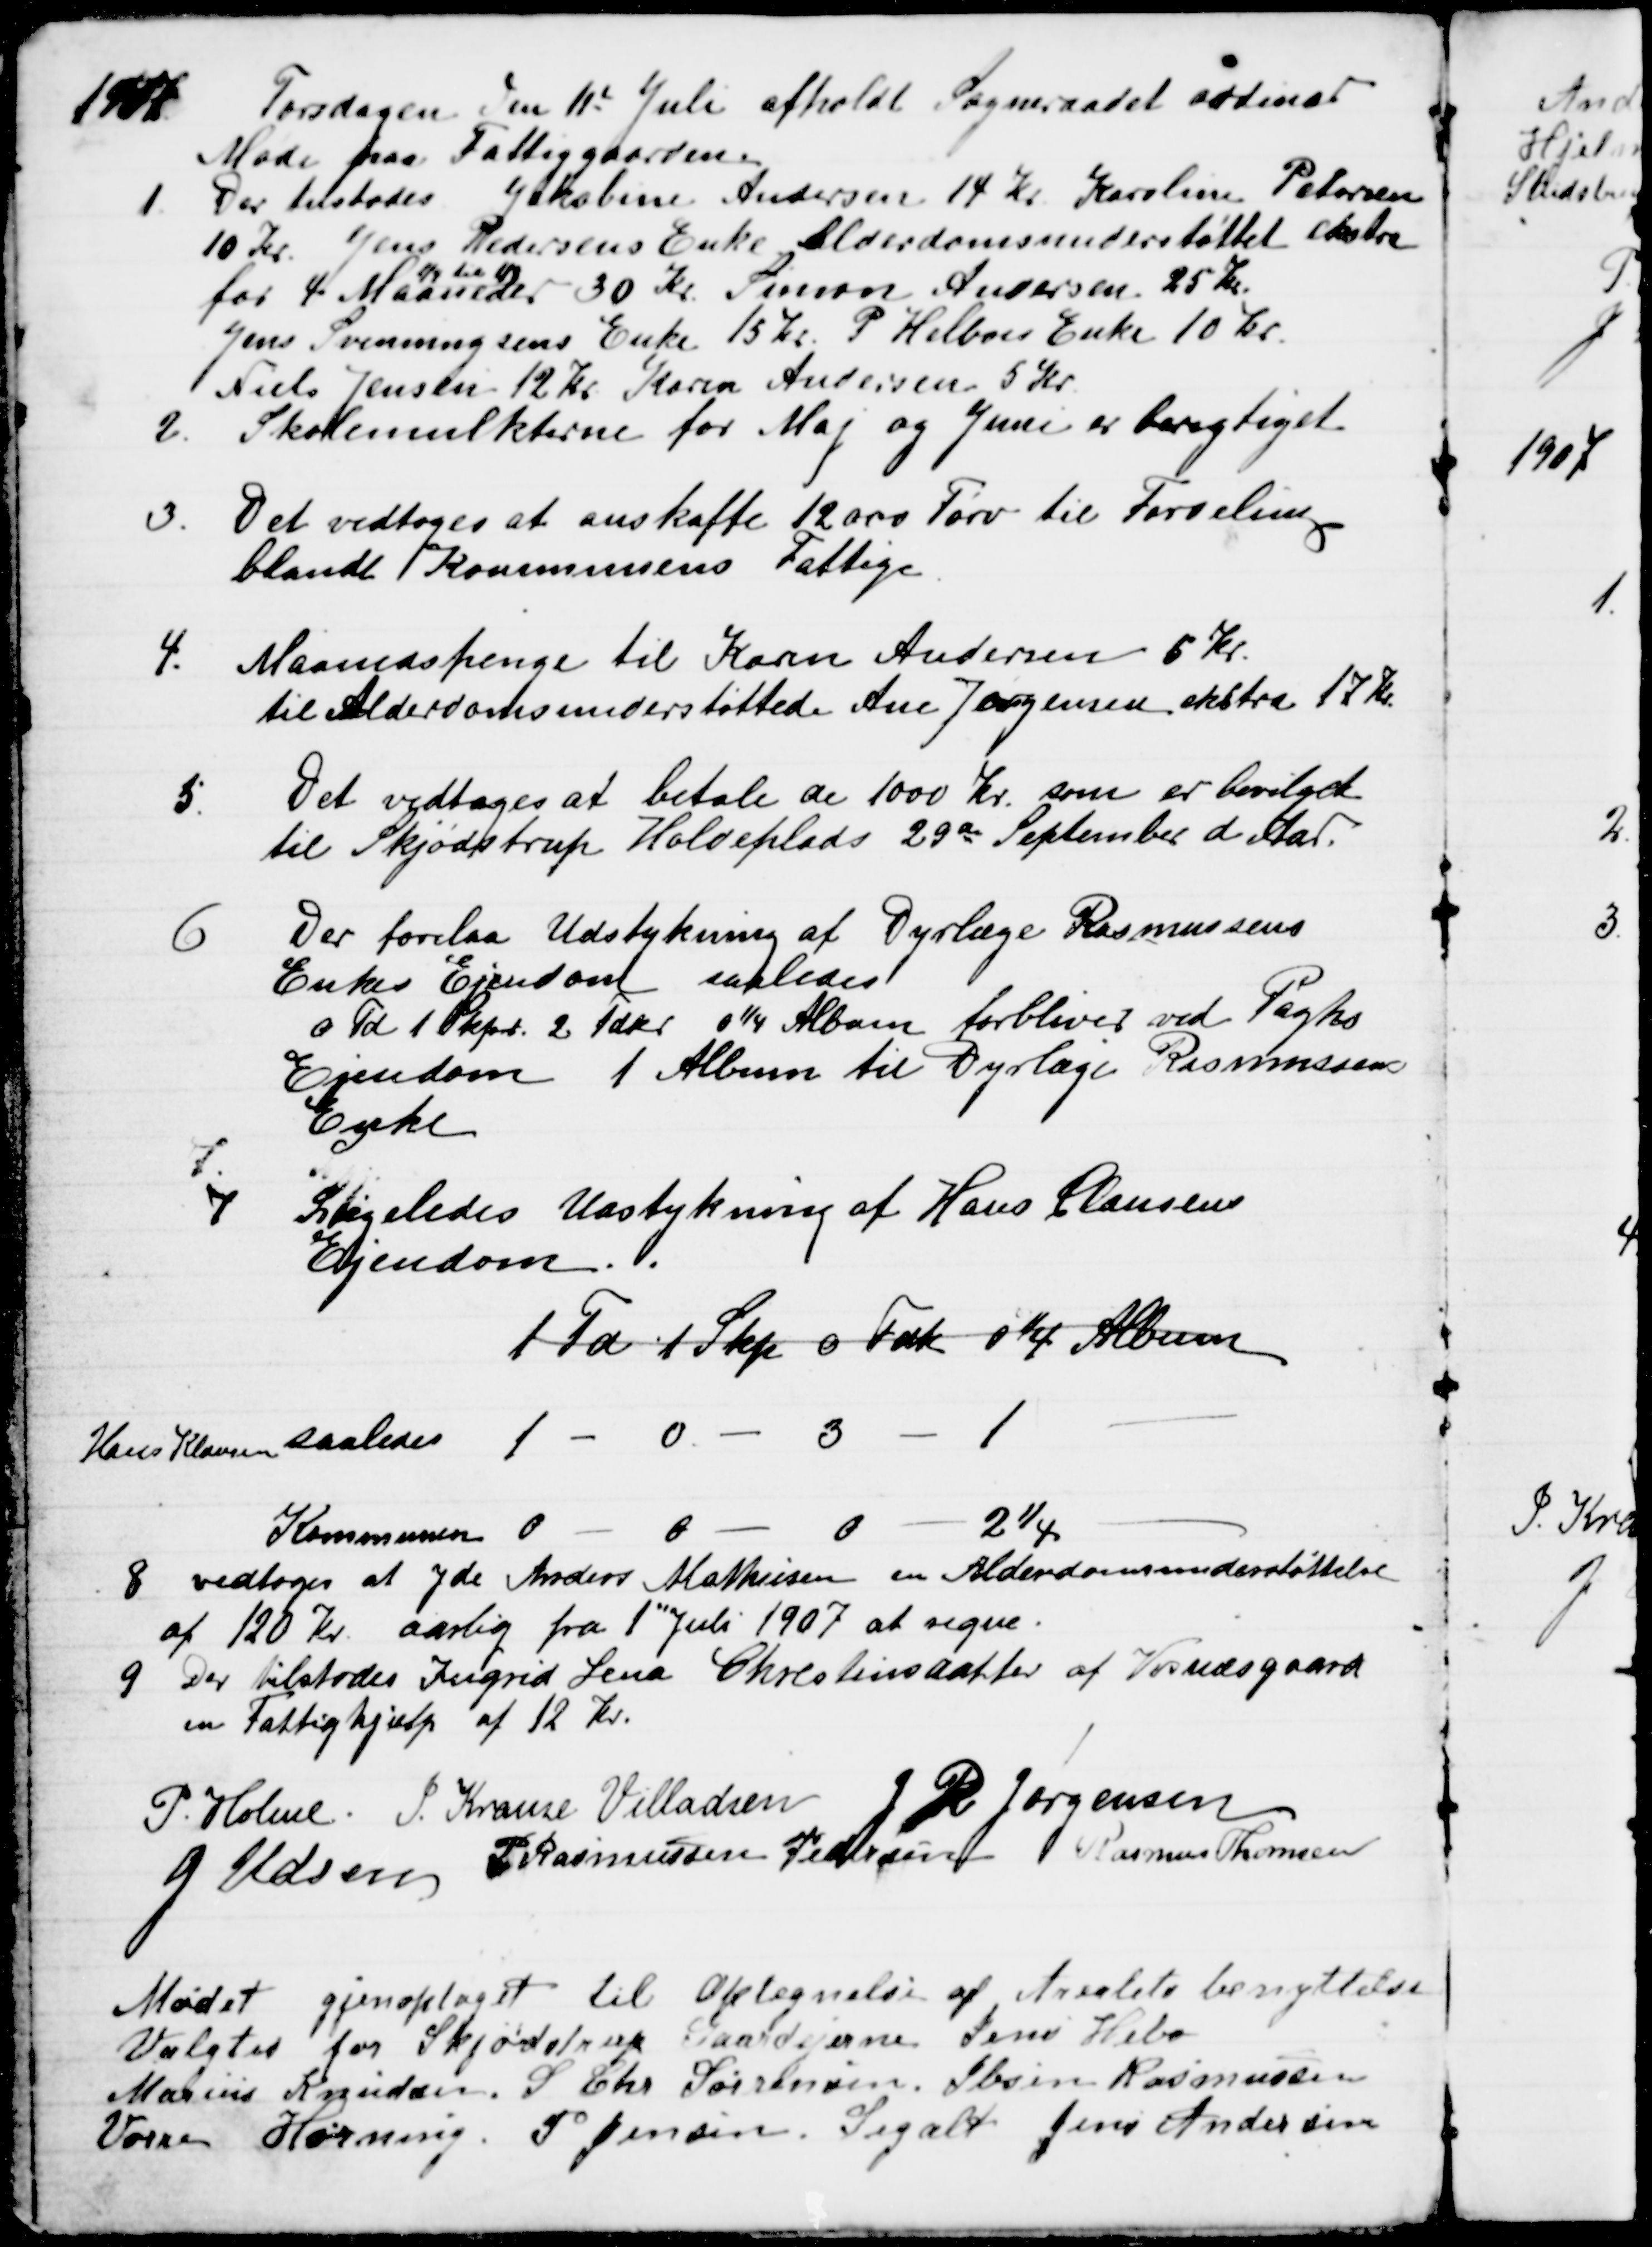
Transskription:
1907
Torsdagen den 11te Juli afholdt Sogneraadet ordinær
Møde paa Fattiggaarden.
1
Der tilstodes Jakobine Andersen 14 Kr. Karoline Petersen
10 Kr. Jens Pedersens Enke Alderdomsunderstøttet ekstra
for 4 Maaneder 
1/4 til 1/8
30 Kr. Simon Andersen 25 Kr.
Jens Svenningsens Enke 15 Kr. P. Helboes Enke 10 kr.
Niels Jensen 12 Kr. Karen Andersen 5 Kr.
2.
Skolemulkterne for Maj og Juni er berigtiget
3.
Det vedtoges at anskaffe 12000 Tørv til Fordeling
blandt Kommunens Fattige.
4. Maanedspenge til Karen Andersen 5 Kr.
til Alderdomsunderstøttede Ane Jørgensen ekstra 17 Kr.
5.
Det vedtoges at betale de 1000 Kr. som er bevilget 
til Skjødstrup Holdeplads 29de September d Aar.
6
Der forelaa Udstykning af Dyrlæge Rasmussens
Enkes Ejendom saaledes
0 Td 1 Skpr. 2 Fdkr. 0¼ Album forbliver ved Paghs
Ejendom 1 Album til Dyrlæge Rasmussens
Enke
7
7
Ligeledes Udstykning af Hans Clausens
Ejendom.
1 Td 1 Skp 0 Fdk 0¼ Album
Hans Klausen saaledes 1 - 0 - 3 
1
Kommunen 0
0
0 
2¼
8 vedtoges at yde Anders Mathiesen en Alderdomsunderstøttelse
af 120 Kr. aarlig fra 1" Juli 1907 at regne.
9. Der tilstodes Ingrid Lena Chrestinsdatter af Vosnæsgaard
en Fattighjælp af 12 Kr.
P. Holme J. Krause Villadsen
J R Jørgensen
J Udsen P Rasmussen Pedersen Rasmus Thomsen
Mødet gjenoptaget til Optegnelse af Arealets benyttelse
Valgtes for Skjødstrup Gaardejerne Jens Hebo
Marius Knudsen. S Chr Sørensen, Ibsen Rasmussen
Vorre Hørning. P. Jensen, Segalt Jens Andersen